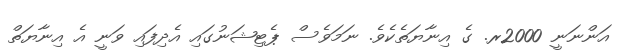
އަންނަނީ 2000ރ. ގެ އިނާޔަތެކެވެ. ނަމަވެސް ޕެޓިޝަނުގައި އެދިފައި ވަނީ އެ އިނާޔަތް